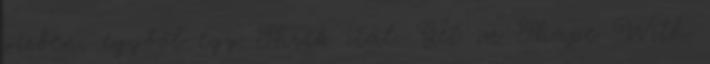
vízben, egyből egy Shrek ital. Get in Shape With